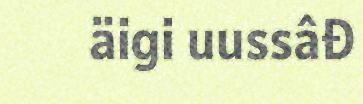
äigi uussâđ